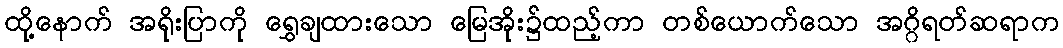
ထို့နောက် အရိုးပြာကို ရွှေချထားသော မြေအိုး၌ထည့်ကာ တစ်ယောက်သော အဂ္ဂိရတ်ဆရာက